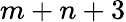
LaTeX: m+n+3